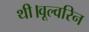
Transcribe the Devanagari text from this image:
थी।वूल्वरिन